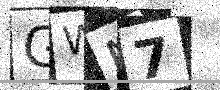
Text: GWN7